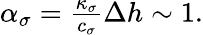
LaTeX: \begin{array}{r}{\alpha_{\sigma}=\frac{\kappa_{\sigma}}{c_{\sigma}}\Delta h\sim 1.}\end{array}